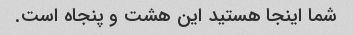
شما اینجا هستید این هشت و پنجاه است.